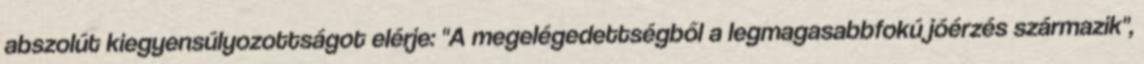
abszolút kiegyensúlyozottságot elérje: "A megelégedettségből a legmagasabbfokú jóérzés származik",